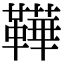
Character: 鞾